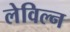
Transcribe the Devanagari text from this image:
लेविल्न